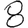
Digit: 8